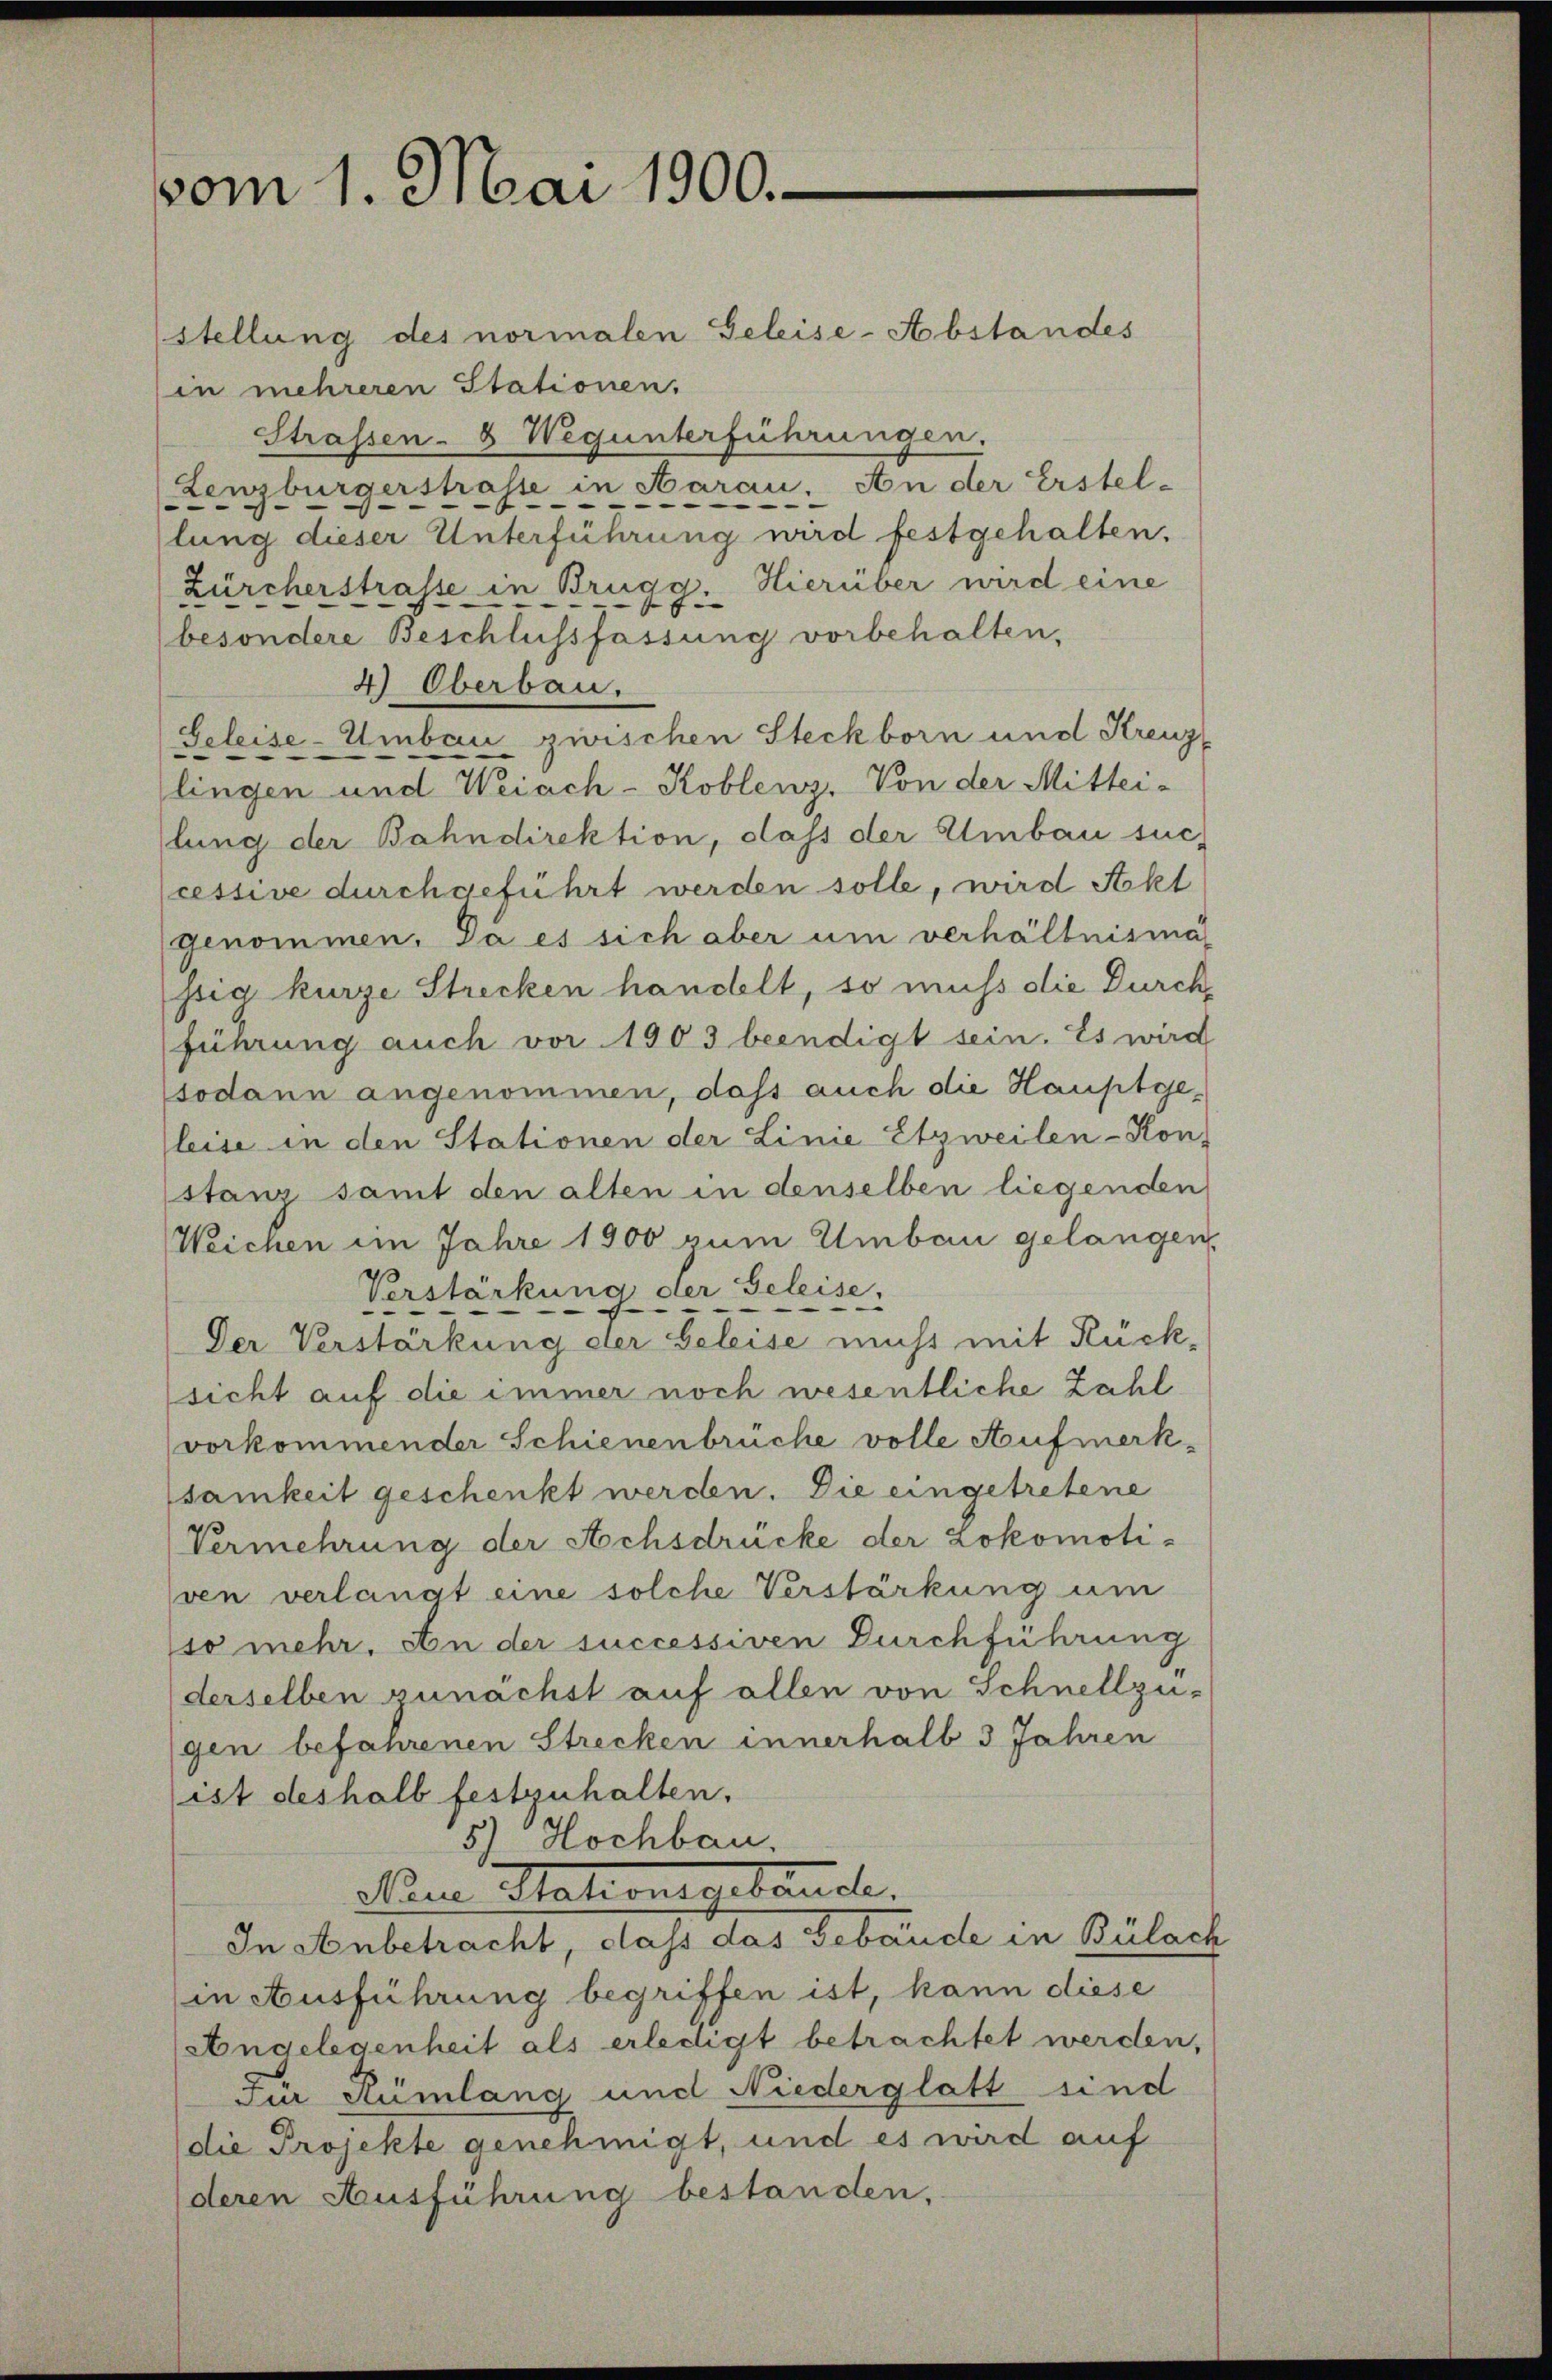
vom 1. Mai 1900.

stellung des normalen Geleise-Abstandes
in mehreren Stationen.
Strassen- & Wegunterführungen.
Lenzburgerstrasse in Aarau. An der Erstel-
lung dieser Unterführung wird festgehalten.
Zürcherstrasse in Brugg. Hierüber wird eine
besondere Beschlussfassung vorbehalten,
4.) Oberbau.
Geleise-Umbau zwischen Steckborn und Strenzlingen und Weiach-Koblenz, Von der Mittei-
lung der Bahndirektion, dass der Umbau suc
cessive durchgeführt werden solle, wird Akt
genommen. Da es sich aber um verhältnismä
ssig kurze Strecken handelt, so muss die Durch
führung auch vor 1903 beendigt sein. Es wird
sodann angenommen, dass auch die Hauptgeleise in den Stationen der Linie Etzweilen-Konstanz samt den alten in denselben liegenden
Weichen im Jahre 1900 zum Umbau gelangen,
Verstärkung der Geleise,

Der Verstärkung der Beleise nicht mit Rück-
sicht auf die immer noch wesentliche Zahl
vorkommender Schienenbrüche volle Aufmerksamkeit geschenkt werden. Die eingetretene
Vermehrung der Achsdrücke der Lokomoti-
ven verlangt eine solche Verstärkung um
so mehr. An der successiven Durchführung
derselben zunächst auf allen von Schnellzu-
gen befahrenen Strecken innerhalb 3 Jahren
ist deshalb festzuhalten.
5) Hochbau,
Nom Stationsgebäude.
In Anbetracht, dass das Gebäude in Bülach
in Ausführung begriffen ist, kann diese
Angelegenheit als erledigt betrachtet werden,
zur Rümlang und Niederglatt sind
die Projekte genehmigt, und es wird auf
deren Ausführung bestanden.